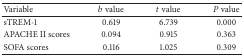
| Variable | b value | t value | P value |
 | --- | --- | --- | --- |
 | sTREM-1 | 0.619 | 6.739 | 0.000 |
 | APACHE II scores | 0.094 | 0.915 | 0.363 |
 | SOFA scores | 0.116 | 1.025 | 0.309 |